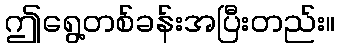
ဤရွေ့တစ်ခန်းအပြီးတည်း။